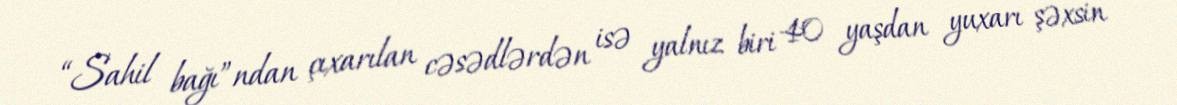
“Sahil bağı”ndan çıxarılan cəsədlərdən isə yalnız biri 40 yaşdan yuxarı şəxsin